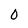
Character: 0